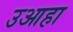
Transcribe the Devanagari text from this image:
उआहा